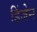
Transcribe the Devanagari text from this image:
डिंजेन